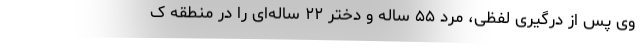
وی پس از درگیری لفظی، مرد ۵۵ ساله و دختر ۲۲ ساله‌ای را در منطقه ک